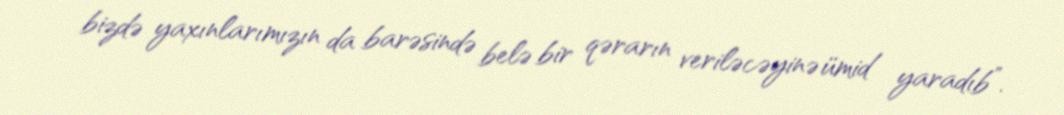
bizdə yaxınlarımızın da barəsində belə bir qərarın veriləcəyinə ümid yaradıb”.